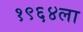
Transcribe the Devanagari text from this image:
१९६४ला